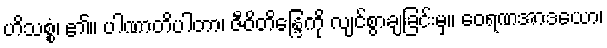
ဟိသစ္စံ၊ ၏။ ပါဏာတိပါတာ၊ ဇီဝိတိန္ဒြေကို လျင်စွာချခြင်းမှ။ ဝေရဏအာဒယော၊